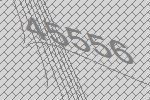
45556